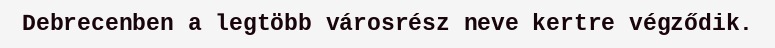
Debrecenben a legtöbb városrész neve kertre végződik.